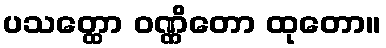
ပသတ္ထော ဝဏ္ဏိတော ထုတော။